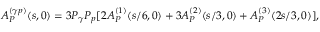
A _ { \cal P } ^ { ( \gamma p ) } ( s , 0 ) = 3 P _ { \gamma } P _ { p } [ 2 A _ { \cal P } ^ { ( 1 ) } ( s / 6 , 0 ) + 3 A _ { \cal P } ^ { ( 2 ) } ( s / 3 , 0 ) + A _ { \cal P } ^ { ( 3 ) } ( 2 s / 3 , 0 ) ] ,